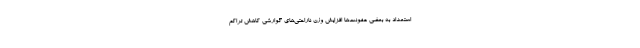
استعداد به بعضی عفونت‌ها افزایش وزن ناراحتی‌های گوارشی کاهش تراکم